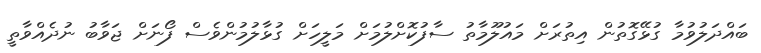
ބައްދަލުވުމާ ގުޅޭގޮތުން އިތުރަށް މައުލޫމާތު ސާފުކޮށްލުމަށް މަލީހަށް ގުޅާލުމުންވެސް ފޯނަށް ޖަވާބު ނުދެއްވާތީ